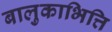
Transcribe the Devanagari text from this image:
बालुकाभित्ति